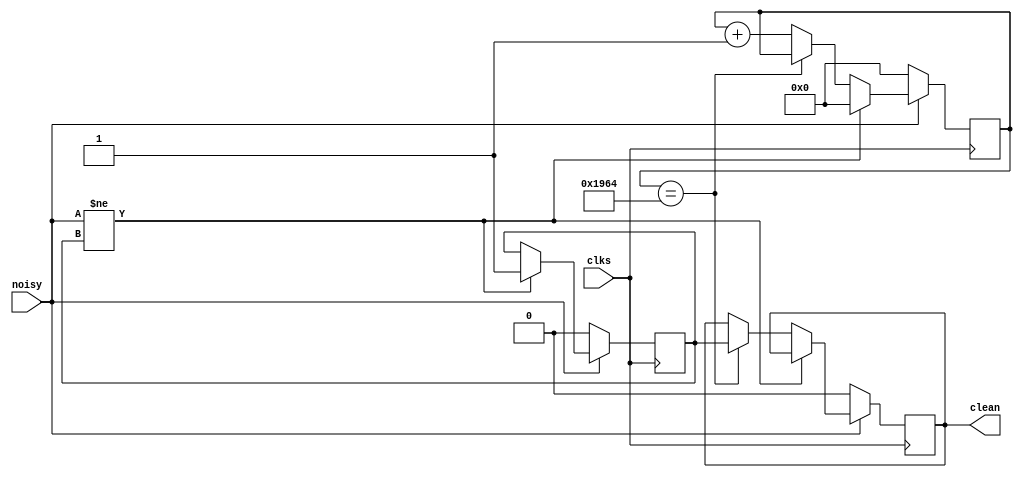
///////////////////////////////////////////////////////////////////////////////
//
// Pushbutton Debounce Module 
//
///////////////////////////////////////////////////////////////////////////////

module debounce (/*AUTOARG*/
   // Outputs
   clean,
   // Inputs
   clks, noisy
   );
   input  clks, noisy;
   output clean;

   parameter NDELAY = 6500;
   parameter NBITS = 20;

   reg [NBITS-1:0] count;
   reg xnew, clean;

   always @(posedge clks)
     if (!noisy) begin xnew <= noisy; clean <= noisy; count <= 0; end
     else if (noisy != xnew) begin xnew <= noisy; count <= 0; end
     else if (count == NDELAY) clean <= xnew;
     else count <= count+1;

endmodule